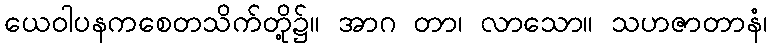
ယေဝါပနကစေတသိက်တို့၌။ အာဂ တာ၊ လာသော။ သဟဇာတာနံ၊